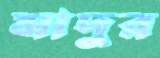
মাদুর